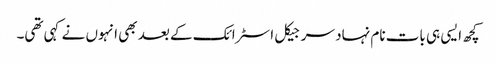
کچھ ایسی ہی بات نام نہاد سرجیکل اسٹرائک کے بعد بھی انہوں نے کہی تھی۔